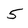
Character: 5